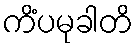
ကိံပမုခါတိ